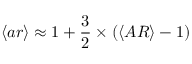
\langle a r \rangle \approx 1 + \frac { 3 } { 2 } \times ( \langle A R \rangle - 1 )